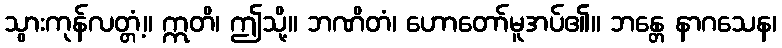
သွားကုန်လတ္တံ့။ ဣတိ၊ ဤသို့။ ဘဏိတံ၊ ဟောတော်မူအပ်၏။ ဘန္တေ နာဂသေန၊